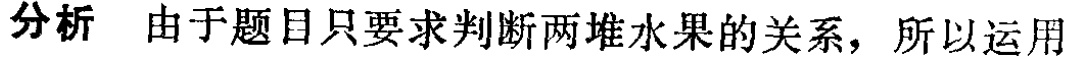
分析 由于题目只要求判断两堆水果的关系，所以运用